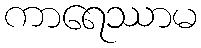
ကာရေဿာမ